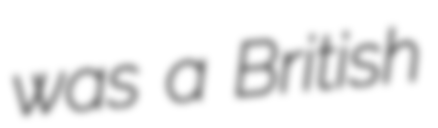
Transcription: was a British